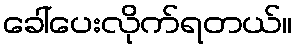
ခေါ်ပေးလိုက်ရတယ်။